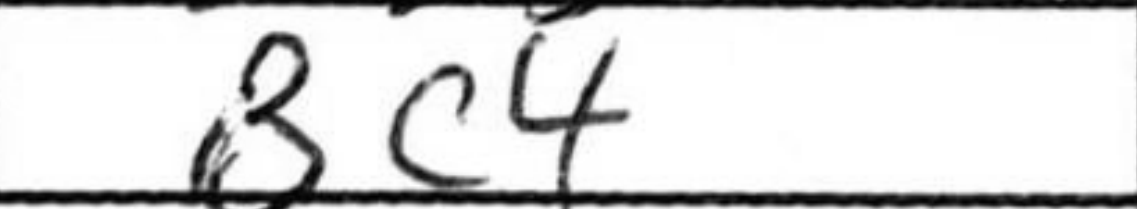
Transcription: Bc4